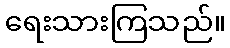
ရေးသားကြသည်။